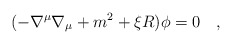
\begin{align*}(-\nabla^\mu\nabla_\mu+m^2+\xi R)\phi=0~~~,\end{align*}